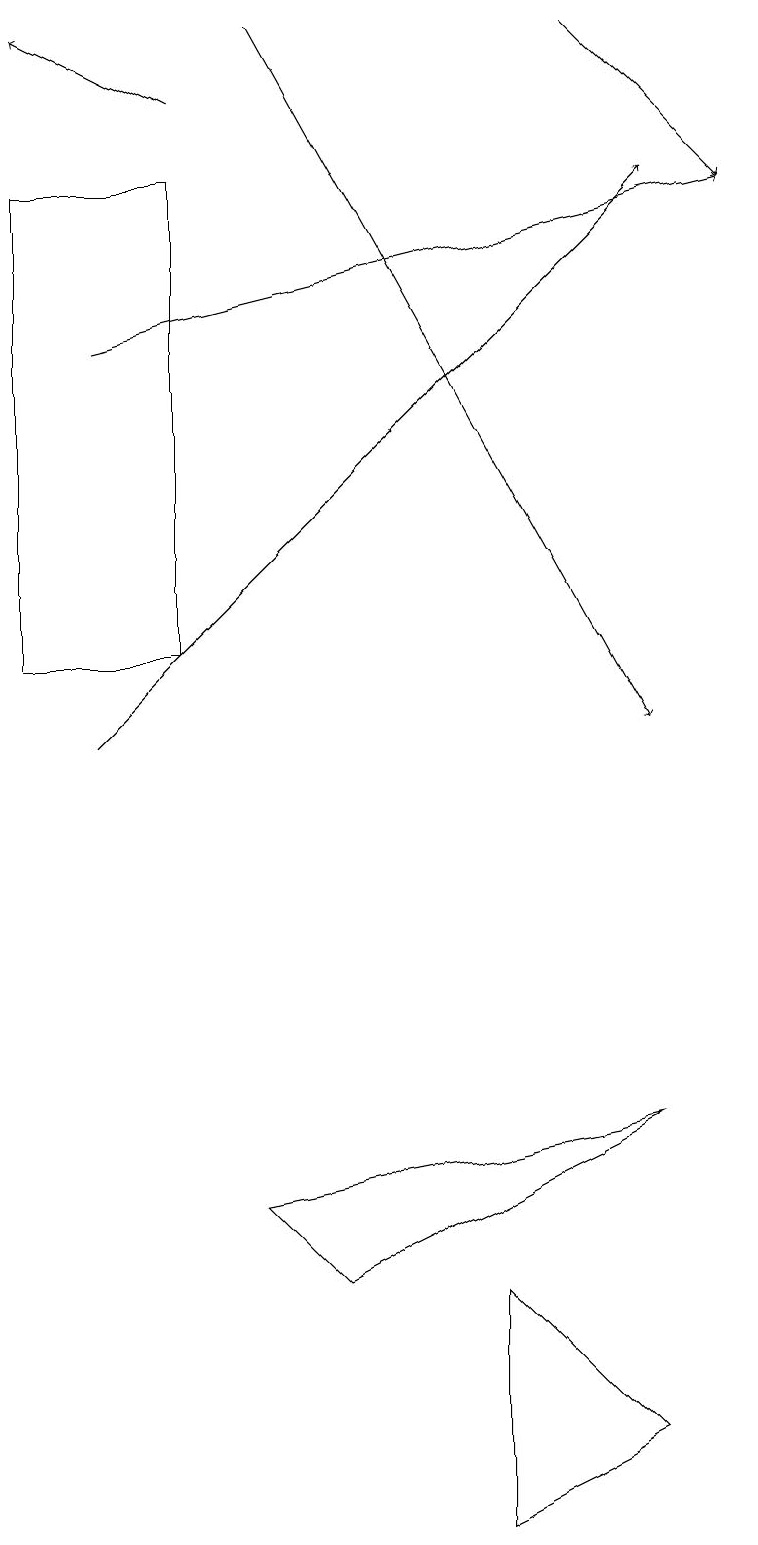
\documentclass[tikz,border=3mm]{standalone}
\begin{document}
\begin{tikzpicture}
\draw (2,11) rectangle (0,17);
\draw (6,0) -- (8,1) -- (6,3) -- cycle;
\draw (8,5) -- (4,3) -- (3,4) -- cycle;
\draw[->] (3,19) -- (8,10);
\draw[->] (1,10) -- (8,17);
\draw[->] (1,15) -- (9,17);
\draw[->] (2,18) -- (0,19);
\draw[->] (7,19) -- (9,17);
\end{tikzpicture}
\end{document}